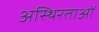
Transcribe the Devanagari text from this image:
अस्थिरताओं